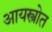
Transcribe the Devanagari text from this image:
आयस्त्रोत